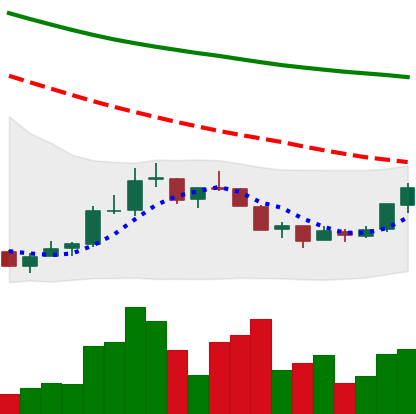
Ticker: NEO-USD
Chart end date: 2018-07-17
Forward return: -15.375%
Label: down_7plus